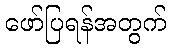
ဖော်ပြရန်အတွက်